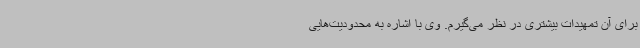
برای آن تمهیدات بیشتری در نظر می‌گیرم. وی با اشاره به محدودیت‌هایی